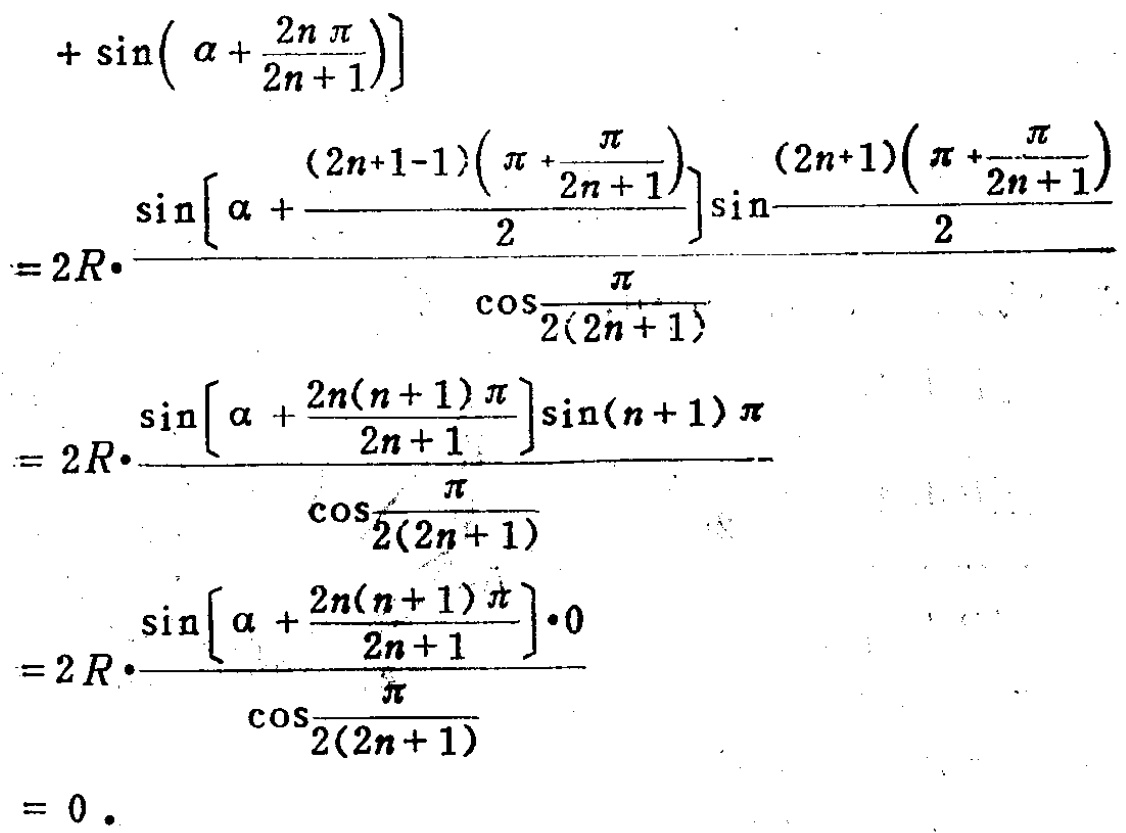
\[
\begin{align*}
&+\sin\left(\alpha+\frac{2n\pi}{2n + 1}\right)\\
=&2R\cdot\frac{\sin\left[\alpha+\frac{(2n + 1-1)\left(\pi+\frac{\pi}{2n + 1}\right)}{2}\right]\sin\frac{(2n + 1)\left(\pi+\frac{\pi}{2n + 1}\right)}{2}}{\cos\frac{\pi}{2(2n + 1)}}\\
=&2R\cdot\frac{\sin\left[\alpha+\frac{2n(n + 1)\pi}{2n + 1}\right]\sin(n + 1)\pi}{\cos\frac{\pi}{2(2n + 1)}}\\
=&2R\cdot\frac{\sin\left[\alpha+\frac{2n(n + 1)\pi}{2n + 1}\right]\cdot0}{\cos\frac{\pi}{2(2n + 1)}}\\
=&0.
\end{align*}
\]